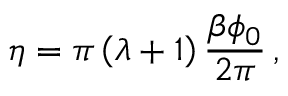
\eta = \pi \left( \lambda + 1 \right) \frac { \beta \phi _ { 0 } } { 2 \pi } \, ,